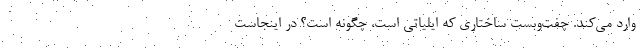
وارد می‌کند. چفت‌و‌بست ساختاری که ایلیاتی است، چگونه است؟ در اینجاست